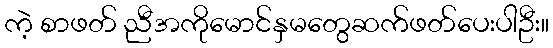
ကဲ့ စာဖတ် ညီအကိုမောင်နှမတွေဆက်ဖတ်ပေးပါဦး။